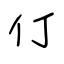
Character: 仃